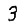
Digit: 3